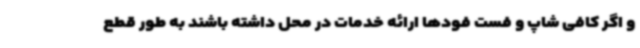
و اگر کافی شاپ و فست فودها ارائه خدمات در محل داشته باشند به طور قطع